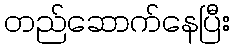
တည်ဆောက်နေပြီး